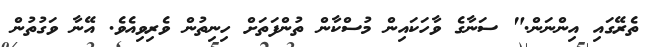
ތެރޭގައި އިންނަން." ސަނާގެ ވާހަކައިން މުސްކާން ތުންފަތަށް ހިނިތުން ވެރިވިއެވެ. އޭނާ ވަގުތުން